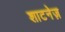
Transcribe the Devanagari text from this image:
शाटनेज़